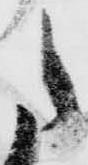
た